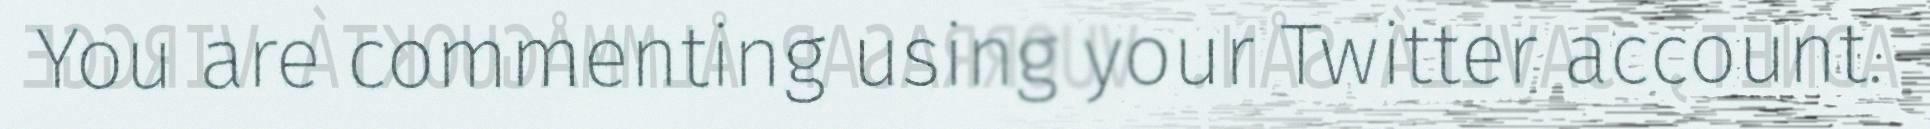
You are commenting using your Twitter account.